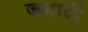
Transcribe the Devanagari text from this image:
जमादी